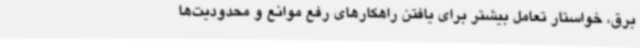
برق، خواستار تعامل بیشتر برای یافتن راهکارهای رفع موانع و محدودیت‌ها